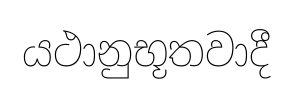
යථානුභූතවාදී